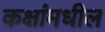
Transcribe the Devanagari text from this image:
कक्षांमधील